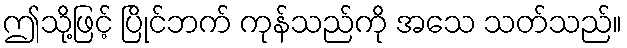
ဤသို့ဖြင့် ပြိုင်ဘက် ကုန်သည်ကို အသေ သတ်သည်။